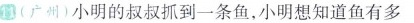
11(广州)小明的叔叔抓到一条鱼，小明想知道鱼有多